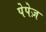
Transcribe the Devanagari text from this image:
पेपेज़